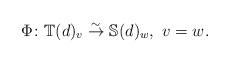
LaTeX: \begin{align*}\Phi \colon \mathbb{T}(d)_v\stackrel{\sim}{\to} \mathbb{S}^{}(d)_{w}, \ v=w. \end{align*}